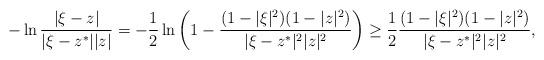
LaTeX: \begin{align*}-\ln\frac{|\xi-z|}{|\xi-z^*||z|} = -\frac{1}{2} \ln\left(1-\frac{(1-|\xi|^2)(1-|z|^2)}{|\xi-z^*|^2|z|^2}\right) \geq \frac{1}{2} \frac{(1-|\xi|^2)(1-|z|^2)}{|\xi-z^*|^2|z|^2},\end{align*}